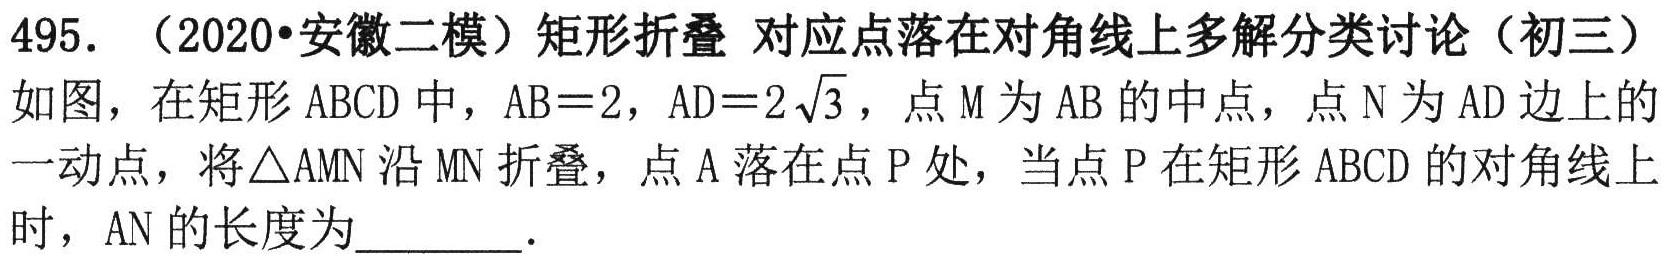
495. （2020•安徽二模）矩形折叠 对应点落在对角线上多解分类讨论（初三）
如图，在矩形 \(ABCD\) 中，\(AB = 2\)，\(AD = 2\sqrt{3}\)，点 \(M\) 为 \(AB\) 的中点，点 \(N\) 为 \(AD\) 边上的一动点，将\(\triangle AMN\) 沿 \(MN\) 折叠，点 \(A\) 落在点 \(P\) 处，当点 \(P\) 在矩形 \(ABCD\) 的对角线上时，\(AN\) 的长度为  ．